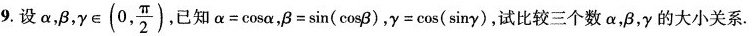
9.设\alpha, \beta, $$\gamma \in (0, \frac{\pi}{2})$$,已知$$\alpha=\cos \alpha$$, $$\beta=\sin (\cos \beta)$$, $$\gamma=\cos (\sin \gamma)$$